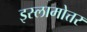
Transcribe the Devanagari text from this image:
इस्लामोत्तर